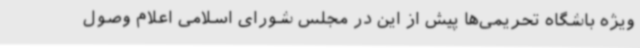
ویژه باشگاه‌ تحریمی‌ها پیش از این در مجلس شورای اسلامی اعلام وصول